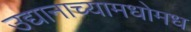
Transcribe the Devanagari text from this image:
उद्यानाच्यामधोमध